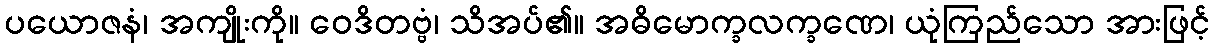
ပယောဇနံ၊ အကျိုးကို။ ဝေဒိတဗ္ဗံ၊ သိအပ်၏။ အဓိမောက္ခလက္ခဏေ၊ ယုံကြည်သော အားဖြင့်